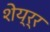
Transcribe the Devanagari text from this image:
शेय्र्र